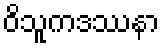
ဝိသူကဒဿနာ